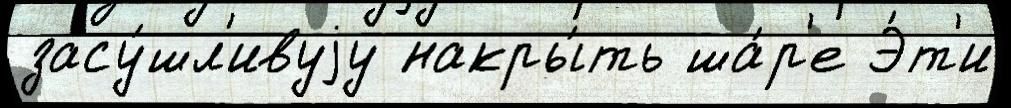
засу́шл'ивуjу накры́ть ша́р'е Э́т'и